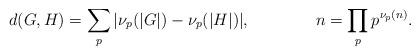
LaTeX: \begin{align*} d(G,H) & = \sum_{p}|\nu_p(|G|)-\nu_p(|H|)|, & n & = \prod_p p^{\nu_p(n)}.\end{align*}